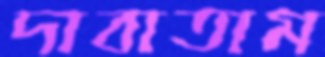
দাবাতাম